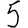
Digit: 5